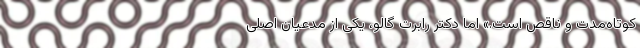
کوتاه‌مدت و ناقص است.» اما دکتر رابرت گالو، یکی از مدعیانِ اصلیِ